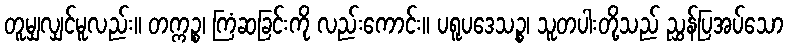
တူမျှလျှင်မူလည်း။ တက္ကဉ္စ၊ ကြံဆခြင်းကို လည်းကောင်း။ ပရူပဒေသဉ္စ၊ သူတပါးတို့သည် ညွှန်ပြအပ်သော